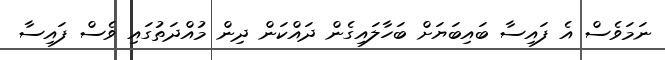
ނަމަވެސް އެ ފައިސާ ބައިބަޔަށް ބަހާލައިގެން ދައްކަން ދިން މުއްދަތުގައި ވެސް ފައިސާ